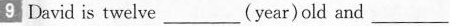
9 David is twelve___（year） old and ___